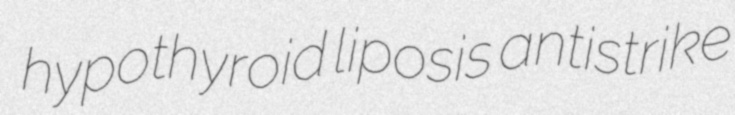
hypothyroid liposis antistrike